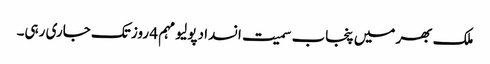
ملک بھر میں پنجاب سمیت انسداد پولیو مہم 4 روز تک جاری رہی۔